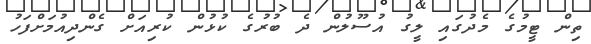
ތިން ޓީމުގެ މެދުގައި ލީގު އުސޫލުން ދެ ބުރުގެ ކުޅުން ކުރިއަށް ގެންދިއުމަށްފަހު